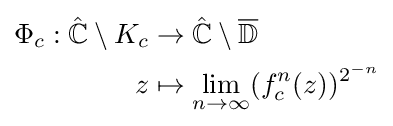
{\begin{aligned}\Phi _{c}:{\hat {\mathbb {C} }}\setminus K_{c}&\to {\hat {\mathbb {C} }}\setminus {\overline {\mathbb {D} }}\\z&\mapsto \lim _{n\to \infty }(f_{c}^{n}(z))^{2^{-n}}\end{aligned}}